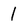
Character: l